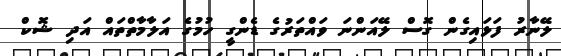
ލޭނާރު ފަޅައިގެން ގޮސް ލޭއަންނަ ވައްތަރުގެ ޑެންގީ ހުމުގެ އަލާމާތްތައް އަދި ޝޮކް